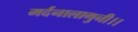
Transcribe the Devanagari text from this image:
मर्दनालागुनी।।